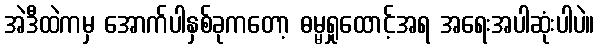
အဲဒီထဲကမှ အောက်ပါနှစ်ခုကတော့ ဓမ္မရှုထောင့်အရ အရေးအပါဆုံးပါပဲ။